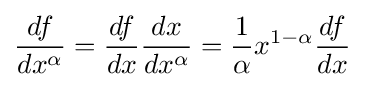
{df \over dx^{\alpha }}={df \over dx}{dx \over dx^{\alpha }}={1 \over \alpha }x^{1-\alpha }{df \over dx}